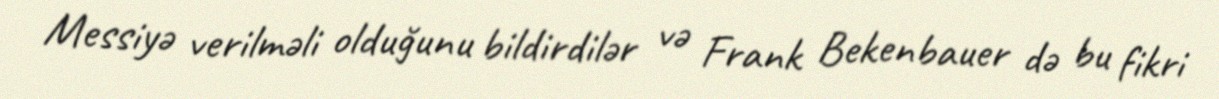
Messiyə verilməli olduğunu bildirdilər və Frank Bekenbauer də bu fikri